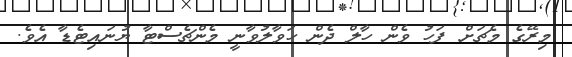
މިރޭގެ މެޗަށް ފަހު ވެން ހާލް ދެން ހަވާލުވާނީ މެންޗެސްޓާ ޔުނައިޓެޑާ އެވެ.